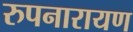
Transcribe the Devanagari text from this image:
रुपनारायण